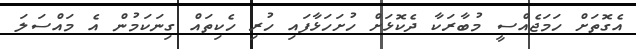
އެގޮތަށް ހަމަޖެއްސީ މުބާރަކާ ދެކޮޅަށް ހުށަހަޅާފައި ހުރި ހެކިތައް ގިނަކަމުން އެ މައްސަލަ